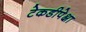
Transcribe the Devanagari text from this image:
टेकडीपेक्षा